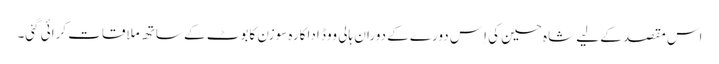
اس مقصد کے لیے شاہ حسین کی اِس دورے کے دوران ہالی ووڈ اداکارہ سوزن کابوٹ کے ساتھ ملاقات کرائی گئی۔